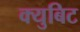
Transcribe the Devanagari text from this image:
क्युबिट